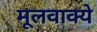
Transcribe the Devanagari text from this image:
मूलवाक्ये